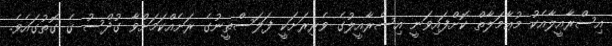
އިސްރާއީލާއެކު މުޢާމަލާތް ކޮށްފައިވަނީ އިސްރާއީލުގެ ވެރިރަށަކީ ފަލަސްތީނުގެ ރަށެއްކަމަށްވާ ގުދްސު ގެ ގޮތުގައެވެ.